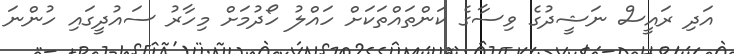
އަދި ރައީސް ނަޝީދުގެ ވިސާގެ ކަންތައްތަކަށް ހައްލު ހޯދުމަށް މިހާރު ސައުދީގައި ހުންނަ